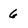
Character: 6